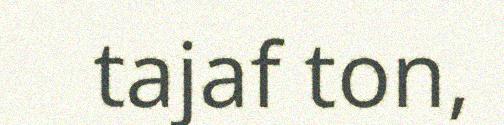
tajaf ton,